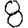
Digit: 8